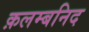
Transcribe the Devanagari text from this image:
क़लम्बनिद